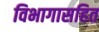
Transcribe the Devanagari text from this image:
विभागासहित